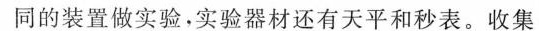
同的装置做实验，实验器材还有天平和秒表。收集